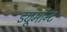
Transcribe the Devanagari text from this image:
ड्यूमॉन्ट